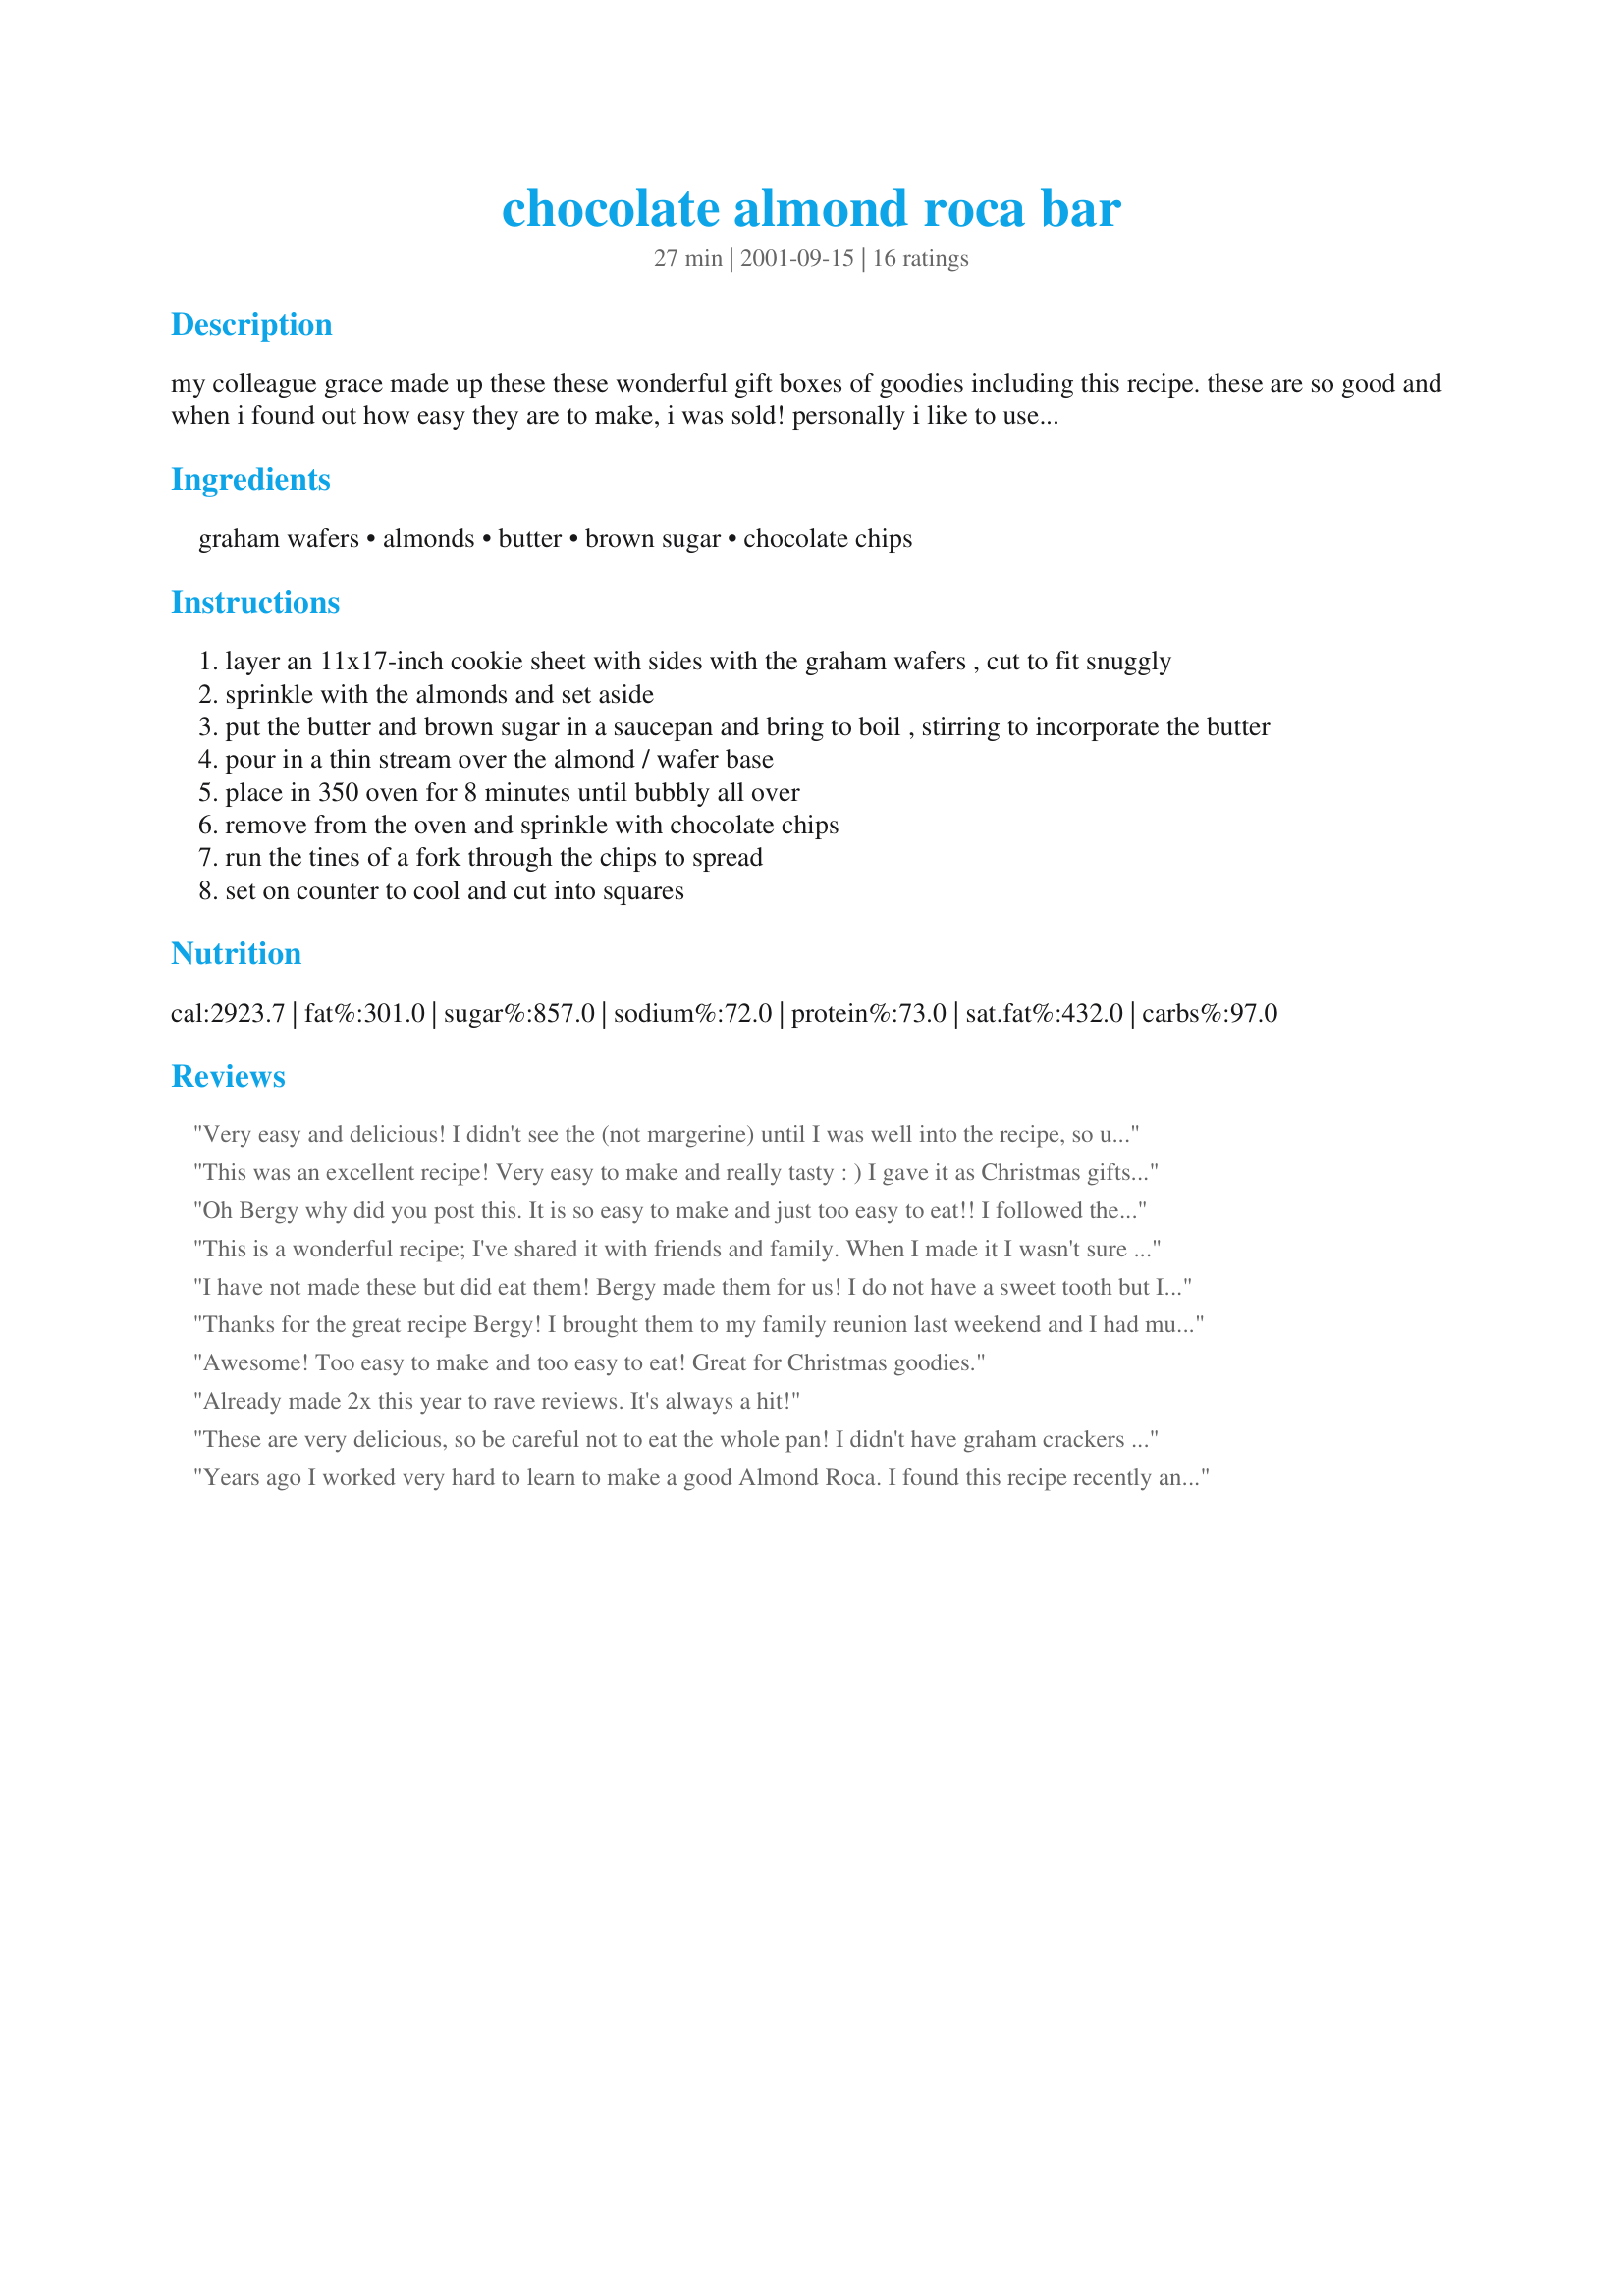
chocolate almond roca bar
Preparation time: 27 minutes

my colleague grace made up these these wonderful gift boxes of goodies including this recipe. these are so good and when i found out how easy they are to make, i was sold! personally i like to use semi sweet chocolate chips, but that is personal preference. split you wafers before placing in the pan but fit them tightly together--the grahams that split to approx 1x2 inches are ideal, but cut them to the size you like. after you have made the almond roca and cooled the tray, put it in the freezer for only 10 minutes to really solidify the chocolate. then remove from freezer and flip the whole tray so you can see where the graham wafer splits are. it is then very easy to just slice gently with a knife and you get perfect cut pieces. i store mine in a tin box in the fridge, but if you have chocoholics they won't last so just put them out on a plate!

Ingredients:
graham wafers, almonds, butter, brown sugar, chocolate chips

Steps:
layer an 11x17-inch cookie sheet with sides with the graham wafers , cut to fit snuggly
sprinkle with the almonds and set aside
put the butter and brown sugar in a saucepan and bring to boil , stirring to incorporate the butter
pour in a thin stream over the almond / wafer base
place in 350 oven for 8 minutes until bubbly all over
remove from the oven and sprinkle with chocolate chips
run the tines of a fork through the chips to spread
set on counter to cool and cut into squares

Reviews:
Very easy and delicious! I didn't see the (not margerine) until I was well into the recipe, so used it and it seemed to be okay. Next time I'll use butter, I promise!!
This was an excellent recipe! Very easy to make and really tasty : ) I gave it as Christmas gifts. Thank you!
Oh Bergy why did you post this. It is so easy to make and just too easy to eat!! I followed the recipe and then used a pizza cutter to cut into squares. What a great desert and snack idea!!
This is a wonderful recipe; I've shared it with friends and family. When I made it I wasn't sure what graham wafers were (I used regular graham crackers) and no one at the market knew either. I improvised and the recipe still came out really great. 

Thanks
I have not made these but did eat them! Bergy made them for us! I do not have a sweet tooth but I really like these. The combination of the grahams, almonds, chocolate and the buttery caramel is very adictive. I will surely make these...and not just for my husband!!
Thanks for the great recipe Bergy! I brought them to my family reunion last weekend and I had multiple requests for the recipe! In fact, I had a few left over for the next day, and I didn't even get them to the table before arms were flying at me from every direction! Fantastic!
Awesome! Too easy to make and too easy to eat! Great for Christmas goodies.
Already made 2x this year to rave reviews. It's always a hit!
These are very delicious, so be careful not to eat the whole pan! I didn't have graham crackers on hand, so I used Multigrain Club Crackers (you can use saltines as well) and they were excellent! I didn't worry about cutting them into perfect squares; they look fine when simple broken apart by hand and taste just as good! Thanks, Bergy!
Years ago I worked very hard to learn to make a good Almond Roca. I found this recipe recently and gave it a try. <br/><br/>It is OUTSTANDING!!!! My family prefers it to my old recipe for candy. I am shocked at how easy this is to make. It is easier to make than Rice Crispie Cake. <br/><br/>I took the first batch to work to see what my co-workers had to say. Then LOVED it!!<br/><br/>I added a couple more tablespoons of brown sugar with the second batch that I made, just to crisp the candy up a little.<br/><br/>5*
Excellent! These do taste like Almond Roca.
Next time I will stretch the sauce a little and maybe pan up another 4 crackers so the caramel is a little lighter and I will have that many more to eat!
Very good and easy, I made the mistake however of splitting the grahams into 2 halves, instead of the perforated 4. When I went to cut the finished product with a pizza cutter, the preperforated seems split also and so my squares were not very pretty, next time would split grahams into 4 so peices would come out more evenly and hold together better.
These are great- thank you! The taste is good and they are pretty easy to make. My husband was thrilled.

I put them outside to cool and then brought them in and tried to cut them- bad idea. Don't try to cut them when the chocolate is too cold- it will break. I didn't have to break the graham crackers into "sections" like Angela P. mentioned. I just put them in and broke "sections" off to fill the entire pan. I also put some Christmas sprinkles on the warm chocolate for a decorative look. Great!
I made these the other night. They are really good.
Yummy! this is officially my first review for zaar and its a good one :) For the chocolate i just chopped up Hershey Kisses...I also added 1/2 more of the butter/brown sugar mix to make more syrup (I had some bald spots!) Ohhhh it was good, I left it in the fridge to run an errand and somebody "nibbled" off the corner!
These turned out great. My kitchen doesn't have heat so I left them out (covered) on my cold counter all night and by morning they were ready to cut. Waiiting until they are totally chilled or hardened is key to getting nice squares. Thanks so much Bergy, your recipes never dissapoint me.
